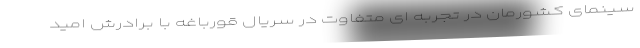
سینمای کشورمان در تجربه ای متفاوت در سریال قورباغه با برادرش امید